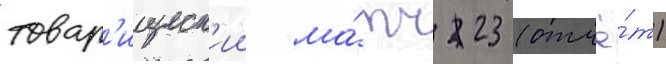
товар'ищеск'ии ма́тч 23 (отчё́т)